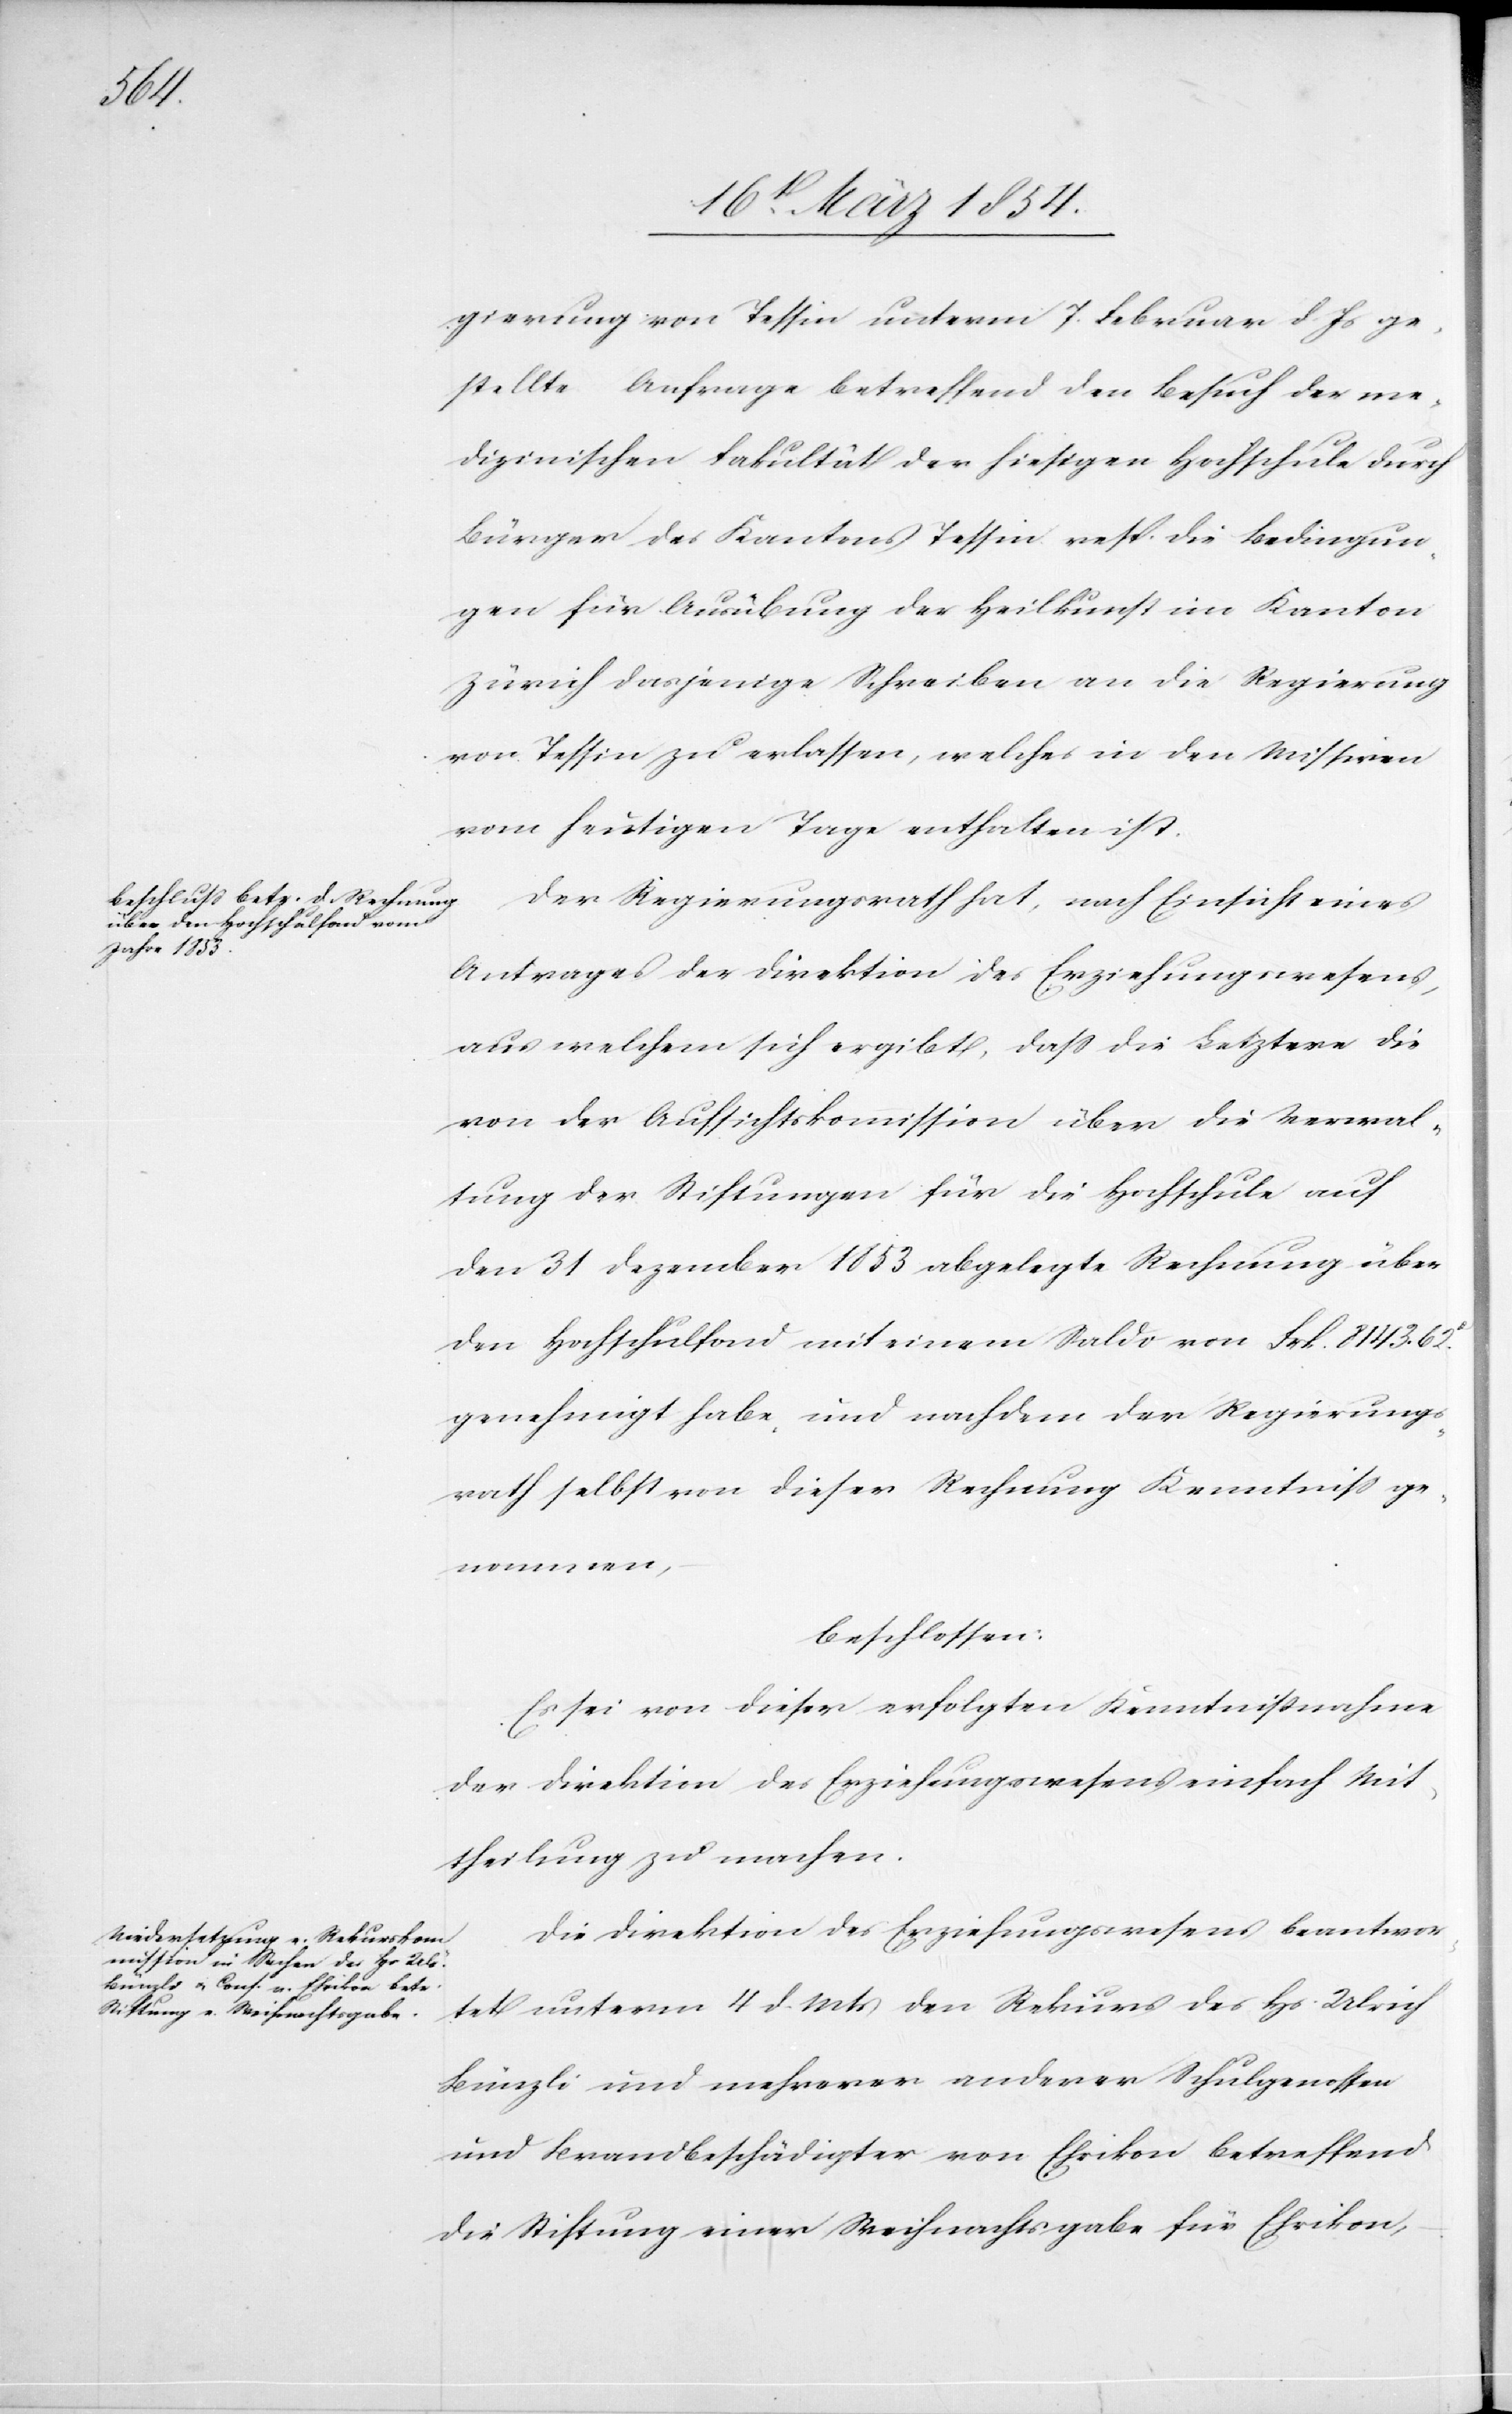
gierung von Tessin unterm 7. Februar d. Js ge¬
stellte Anfrage betreffend den Besuch der me¬
dizinischen Fakultät der hiesigen Hochschule durch
Bürger des Kantons Tessin resp. die Bedingun¬
gen für Ausübung der Heilkunst im Kanton
Zürich dasjenige Schreiben an die Regierung
von Tessin zu erlassen, welches in den Missiven
vom heutigen Tage enthalten ist.
Der Regierungsrath hat, nach Einsicht eines
Antrages der Direktion des Erziehungswesens,
aus welchem sich ergibt, daß die Letztere die
von der Aufsichtskommission über die Verwal¬
tung der Stiftungen für die Hochschule auf
den 31 Dezember 1853 abgelegte Rechnung über
den Hochschulfond mit einem Saldo von Frk. 8143.62R
genehmigt habe, und nachdem der Regierungs¬
rath selbst von dieser Rechnung Kenntniß ge¬
nommen,
beschlossen:
Es sei von dieser erfolgten Kenntnißnahme
der Direktion des Erziehungswesens einfach Mit¬
theilung zu machen.
Die Direktion des Erziehungswesens beantwor¬
tet unterm 4 d. Mts den Rekurs des Hs. Ulrich
Bünzli und mehrerer anderer Schulgenossen
und Brandbeschädigter von Ehrikon betreffend
die Stiftung einer Weihnachtsgabe für Ehrikon,